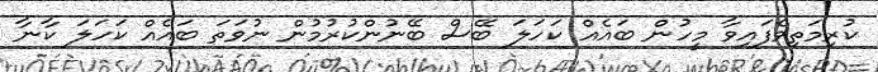
ކުރިމަތިވެފައިވާ މީހުން ބައެއް ކަހަލަ ބޭސް ބޭނުންކުރުމުން ނުވަތަ ބައެއް ކަހަލަ ކާނާ